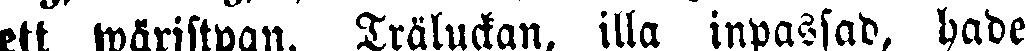
ett wärjstygn. Träluckan, illa inpassad, hade